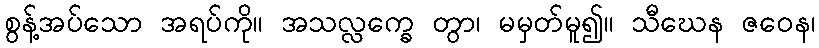
စွန့်အပ်သော အရပ်ကို။ အသလ္လက္ခေ တွာ၊ မမှတ်မူ၍။ သီဃေန ဇဝေန၊